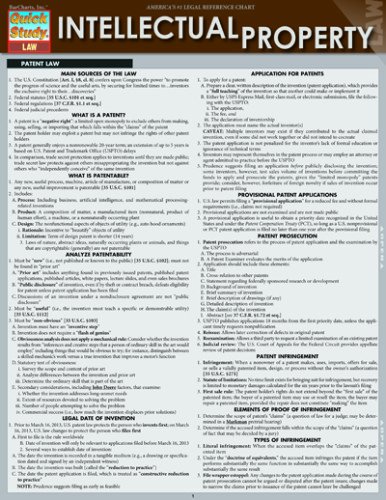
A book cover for Intellectual Property (Quick Study: Law); Inc. BarCharts; Test Preparation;